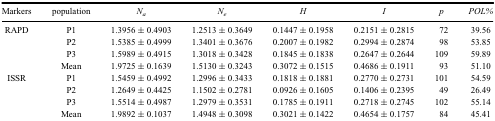
<table><thead><tr><td><b>Markers</b></td><td><b>population</b></td><td><b><i>N<sub>a</sub></i></b></td><td><b><i>N<sub>e</sub></i></b></td><td><b><i>H</i></b></td><td><b><i>I</i></b></td><td><b><i>p</i></b></td><td><b><i>POL%</i></b></td></tr></thead><tbody><tr><td rowspan="4">RAPD</td><td>P1</td><td>1.3956 ± 0.4903</td><td>1.2513 ± 0.3649</td><td>0.1447 ± 0.1958</td><td>0.2151 ± 0.2815</td><td>72</td><td>39.56</td></tr><tr><td>P2</td><td>1.5385 ± 0.4999</td><td>1.3401 ± 0.3676</td><td>0.2007 ± 0.1982</td><td>0.2994 ± 0.2874</td><td>98</td><td>53.85</td></tr><tr><td>P3</td><td>1.5989 ± 0.4915</td><td>1.3018 ± 0.3428</td><td>0.1845 ± 0.1838</td><td>0.2647 ± 0.2644</td><td>109</td><td>59.89</td></tr><tr><td>Mean</td><td>1.9725 ± 0.1639</td><td>1.5130 ± 0.3243</td><td>0.3072 ± 0.1515</td><td>0.4686 ± 0.1911</td><td>93</td><td>51.10</td></tr><tr><td rowspan="4">ISSR</td><td>P1</td><td>1.5459 ± 0.4992</td><td>1.2996 ± 0.3433</td><td>0.1818 ± 0.1881</td><td>0.2770 ± 0.2731</td><td>101</td><td>54.59</td></tr><tr><td>P2</td><td>1.2649 ± 0.4425</td><td>1.1502 ± 0.2781</td><td>0.0926 ± 0.1605</td><td>0.1406 ± 0.2395</td><td>49</td><td>26.49</td></tr><tr><td>P3</td><td>1.5514 ± 0.4987</td><td>1.2979 ± 0.3531</td><td>0.1785 ± 0.1911</td><td>0.2718 ± 0.2745</td><td>102</td><td>55.14</td></tr><tr><td>Mean</td><td>1.9892 ± 0.1037</td><td>1.4948 ± 0.3098</td><td>0.3021 ± 0.1422</td><td>0.4654 ± 0.1757</td><td>84</td><td>45.41</td></tr></tbody></table>